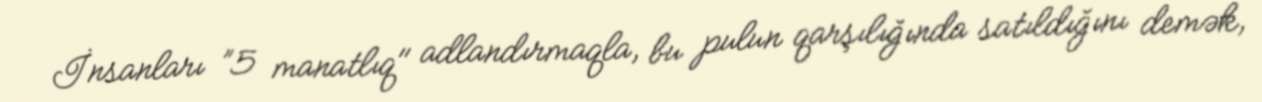
İnsanları ”5 manatlıq" adlandırmaqla, bu pulun qarşılığında satıldığını demək,